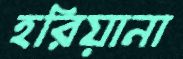
হরিয়ানা